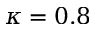
\kappa = 0 . 8